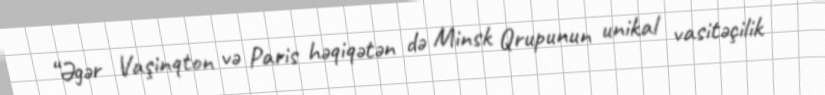
“Əgər Vaşinqton və Paris həqiqətən də Minsk Qrupunun unikal vasitəçilik